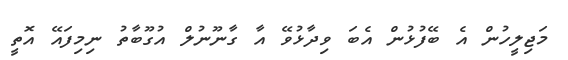
މަޖިލީހުން އެ ބޭފުޅުން އެބަ ވިދާޅުވޭ އާ ގާނޫނުލް އުގޫބާތު ނިމިފައޭ އޮތީ